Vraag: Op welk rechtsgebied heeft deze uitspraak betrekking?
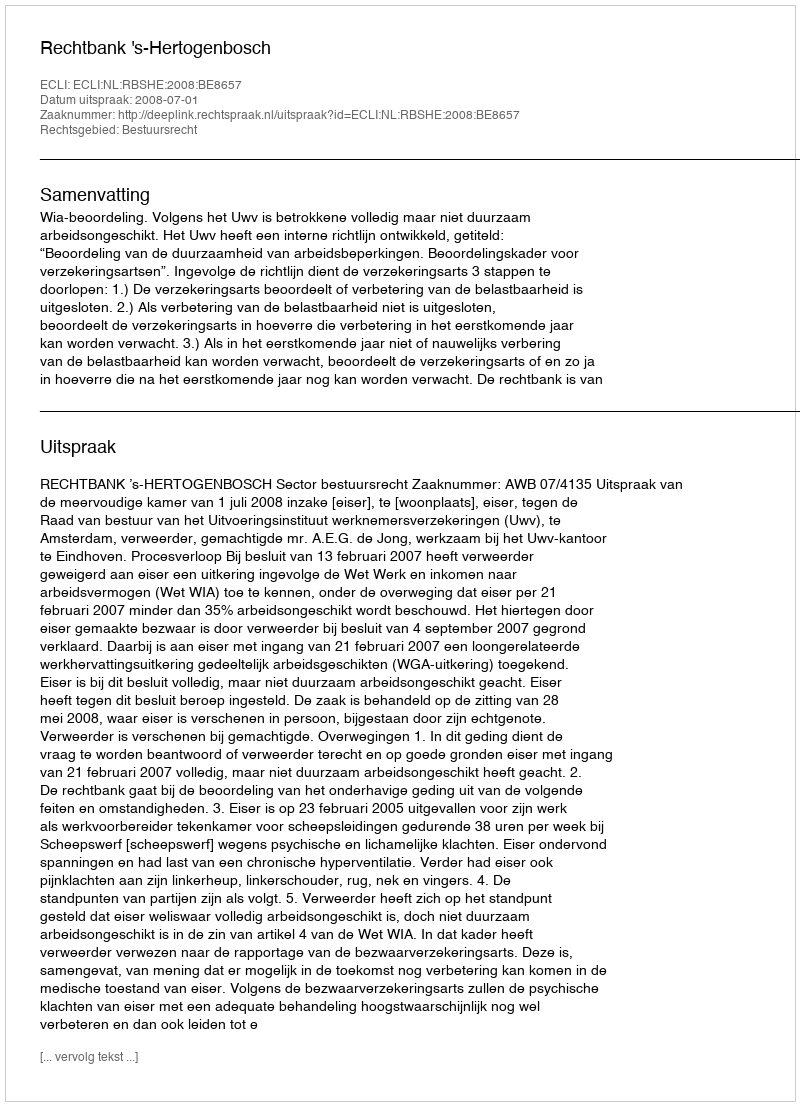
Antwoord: Bestuursrecht